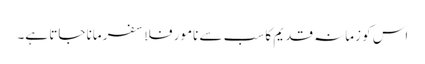
اس کو زمانہ قدیم کا سب سے نامور فلاسفر مانا جاتا ہے۔